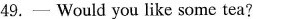
49.- Would you like some tea?